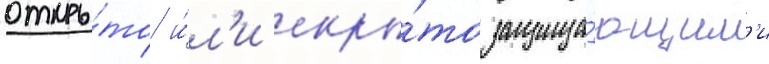
откры́то и́л'и скры́то защища́ющим'и